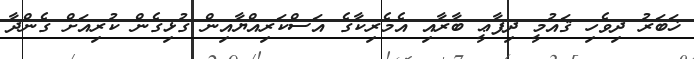
ޚަބަރު ދިވެހި ޤައުމީ ދިފާޢީ ބާރާއި އެމެރިކާގެ އަސްކަރިއްޔާއިން ގުޅިގެން ކުރިއަށް ގެންދާ